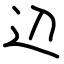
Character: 辺